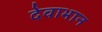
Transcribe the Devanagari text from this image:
देवाभान